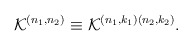
\begin{align*}{\cal K}^{\left( n_1 ,n_2\right)}\equiv {\cal K}^{\left(n_1 ,k_1\right)\left( n_2 ,k_2\right)}.\end{align*}